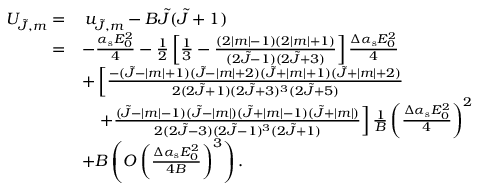
\begin{array} { r l } { U _ { \tilde { J } , m } = } & { \, u _ { \tilde { J } , m } - B \tilde { J } ( \tilde { J } + 1 ) } \\ { = } & { - \frac { \alpha _ { \mathrm { s } } E _ { 0 } ^ { 2 } } { 4 } - \frac 1 2 \left[ \frac 1 3 - \frac { ( 2 | m | - 1 ) ( 2 | m | + 1 ) } { ( 2 \tilde { J } - 1 ) ( 2 \tilde { J } + 3 ) } \right] \frac { \Delta \alpha _ { \mathrm { s } } E _ { 0 } ^ { 2 } } { 4 } } \\ & { + \left[ \frac { - ( \tilde { J } - | m | + 1 ) ( \tilde { J } - | m | + 2 ) ( \tilde { J } + | m | + 1 ) ( \tilde { J } + | m | + 2 ) } { 2 ( 2 \tilde { J } + 1 ) ( 2 \tilde { J } + 3 ) ^ { 3 } ( 2 \tilde { J } + 5 ) } \right. } \\ & { \hphantom { + } \left. + \frac { ( \tilde { J } - | m | - 1 ) ( \tilde { J } - | m | ) ( \tilde { J } + | m | - 1 ) ( \tilde { J } + | m | ) } { 2 ( 2 \tilde { J } - 3 ) ( 2 \tilde { J } - 1 ) ^ { 3 } ( 2 \tilde { J } + 1 ) } \right] \frac { 1 } { B } \left( \frac { \Delta \alpha _ { \mathrm { s } } E _ { 0 } ^ { 2 } } { 4 } \right) ^ { 2 } } \\ & { + B \left( O \left( \frac { \Delta \alpha _ { \mathrm { s } } E _ { 0 } ^ { 2 } } { 4 B } \right) ^ { 3 } \right) . } \end{array}